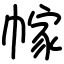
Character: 幏